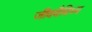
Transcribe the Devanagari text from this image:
जीववैविध्य